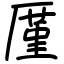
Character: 厪